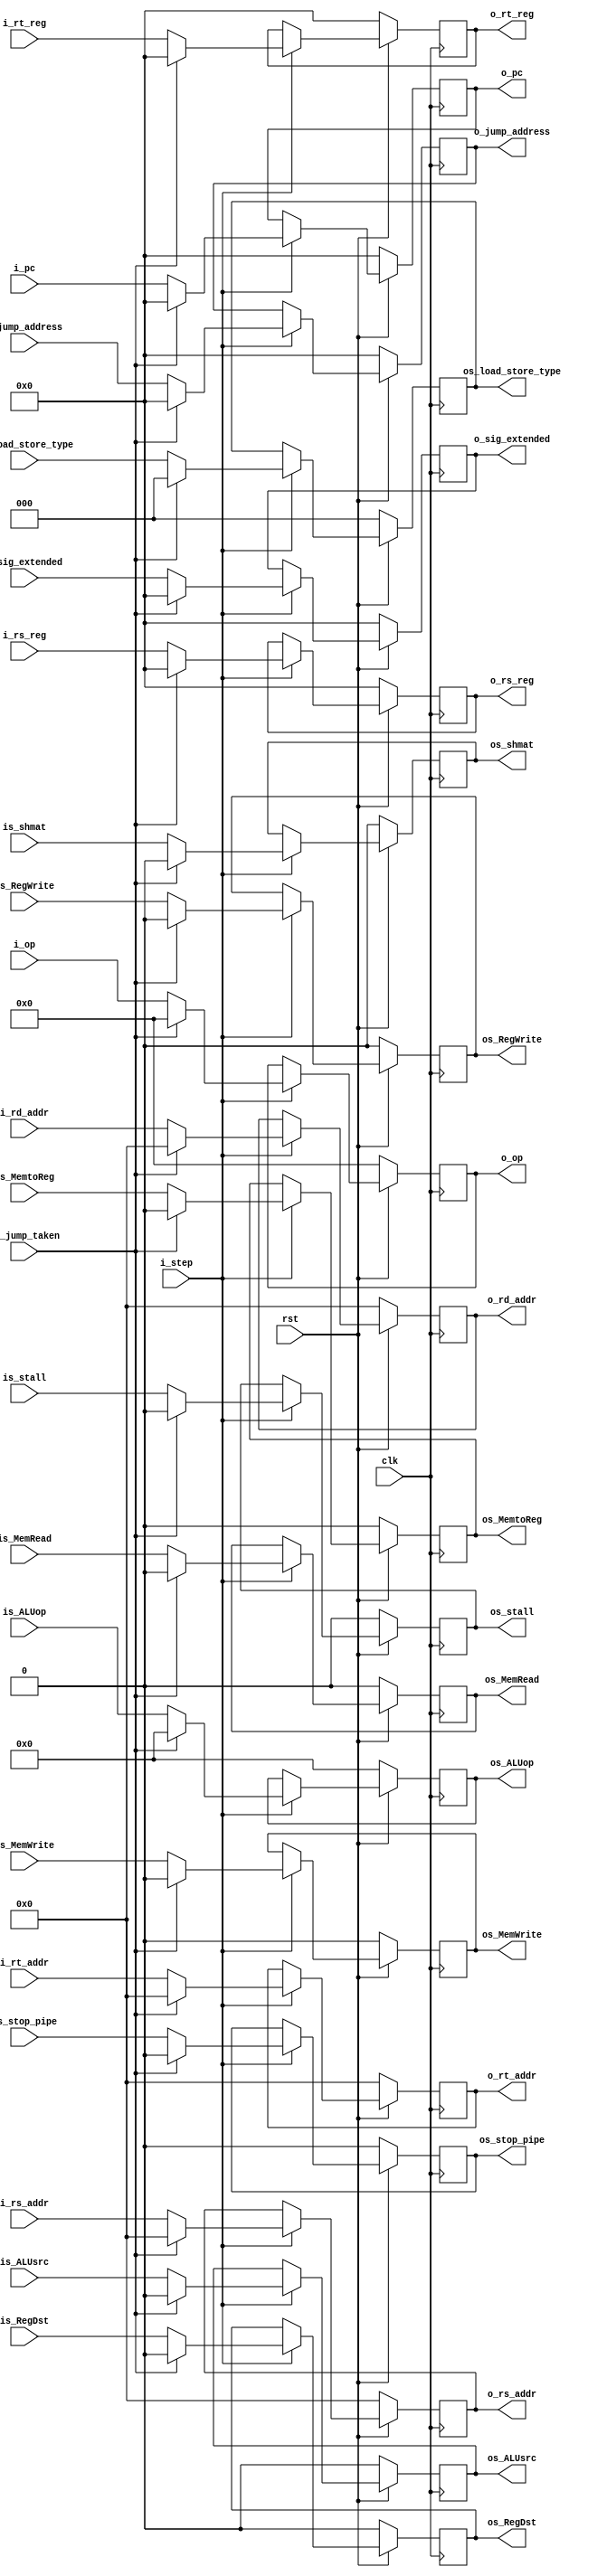
`timescale 1ns / 1ps

module Latch_ID_EX(
    input wire clk,
    input wire rst,
    input wire i_step,
    input wire          is_jump_taken,//limpia en caso de salto
    input wire [4  : 0] i_rt_addr,
    input wire [4  : 0] i_rd_addr,
    input wire [4  : 0] i_rs_addr, 
    input wire [31 : 0] i_sig_extended,//Parte menos significativa de la instruccion ext
    input wire [31 : 0] i_rs_reg,//registro, no confundir con la direccion
    input wire [31 : 0] i_rt_reg,//registro, no confundir con la direccion
    input wire [31 : 0] i_pc,
    input wire [31 : 0] i_jump_address,
    input wire [5  : 0] i_op,
    input wire          is_RegDst,
    input wire          is_MemRead,
    input wire          is_MemWrite,
    input wire          is_MemtoReg,
    input wire [3  : 0] is_ALUop,
    input wire          is_ALUsrc,
    input wire          is_RegWrite,
    input wire          is_shmat,
    input wire [2  : 0] is_load_store_type,
    input wire          is_stall, 
    input wire          is_stop_pipe,
    output reg [4  : 0] o_rt_addr,
    output reg [4  : 0] o_rd_addr,
    output reg [4  : 0] o_rs_addr,
    output reg [31 : 0] o_sig_extended,
    output reg [31 : 0] o_rs_reg,
    output reg [31 : 0] o_rt_reg,
    output reg [31 : 0] o_pc,
    output reg [31 : 0] o_jump_address,
    output reg [5 : 0]  o_op,
    output reg          os_RegDst,
    output reg          os_MemRead,
    output reg          os_MemWrite,
    output reg          os_MemtoReg,
    output reg [3 : 0]  os_ALUop,
    output reg          os_ALUsrc,
    output reg          os_RegWrite,
    output reg          os_shmat,
    output reg [2 : 0]  os_load_store_type,
    output reg          os_stall,
    output reg          os_stop_pipe
    );
    
    always@(posedge clk)
    begin
        if(~rst)begin
            o_rt_addr           <= 0;
            o_rd_addr           <= 0;
            o_rs_addr           <= 0;
            o_sig_extended      <= 0;
            o_rs_reg            <= 0;
            o_rt_reg            <= 0;
            o_pc                <= 0;
            o_jump_address      <= 0;
            os_RegDst           <= 0;
            os_MemRead          <= 0;
            os_MemWrite         <= 0;
            os_MemtoReg         <= 0;
            os_ALUop            <= 0;
            os_ALUsrc           <= 0;
            os_RegWrite         <= 0;
            os_shmat            <= 0;
            os_load_store_type  <= 0;
            o_op                <= 0; 
            os_stall            <= 0;
            os_stop_pipe        <= 0;
        end
        else begin
            if(i_step)begin
                if(is_jump_taken)begin
                    o_rt_addr           <= 0;
                    o_rd_addr           <= 0;
                    o_rs_addr           <= 0;
                    o_sig_extended      <= 0;
                    o_rs_reg            <= 0;
                    o_rt_reg            <= 0;
                    o_pc                <= 0;
                    o_jump_address      <= 0;
                    os_RegDst           <= 0;
                    os_MemRead          <= 0;
                    os_MemWrite         <= 0;
                    os_MemtoReg         <= 0;
                    os_ALUop            <= 0;
                    os_ALUsrc           <= 0;
                    os_RegWrite         <= 0;
                    os_shmat            <= 0;
                    os_load_store_type  <= 0;
                    o_op                <= 0; 
                    os_stall            <= 0;
                    os_stop_pipe        <= 0;
                end
                else begin
                    o_rt_addr           <= i_rt_addr;
                    o_rd_addr           <= i_rd_addr;
                    o_rs_addr           <= i_rs_addr;
                    o_sig_extended      <= i_sig_extended;
                    o_rs_reg            <= i_rs_reg;
                    o_rt_reg            <= i_rt_reg;
                    o_pc                <= i_pc;
                    o_jump_address      <= i_jump_address;
                    os_RegDst           <= is_RegDst;
                    os_MemRead          <= is_MemRead;
                    os_MemWrite         <= is_MemWrite;
                    os_MemtoReg         <= is_MemtoReg;
                    os_ALUop            <= is_ALUop;
                    os_ALUsrc           <= is_ALUsrc;
                    os_RegWrite         <= is_RegWrite;
                    os_shmat            <= is_shmat;
                    os_load_store_type  <= is_load_store_type;
                    o_op                <= i_op;
                    os_stall            <= is_stall;
                    os_stop_pipe        <= is_stop_pipe;
                end
            end
        end
    end

endmodule